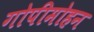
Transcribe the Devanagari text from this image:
गोपीमोहन